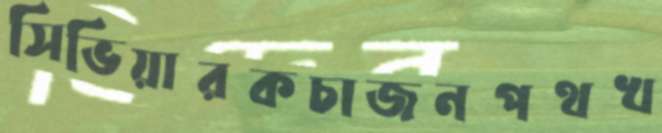
সিভিয়ারকচাজনপথখ